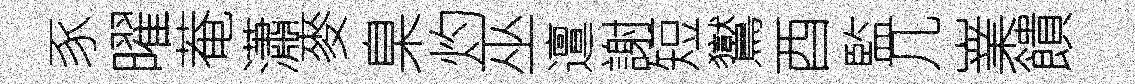
豕曜菴瀟麥臬灼巫邅謝短鸑酉監几嶪饋